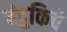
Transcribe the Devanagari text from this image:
बंदुकिचे